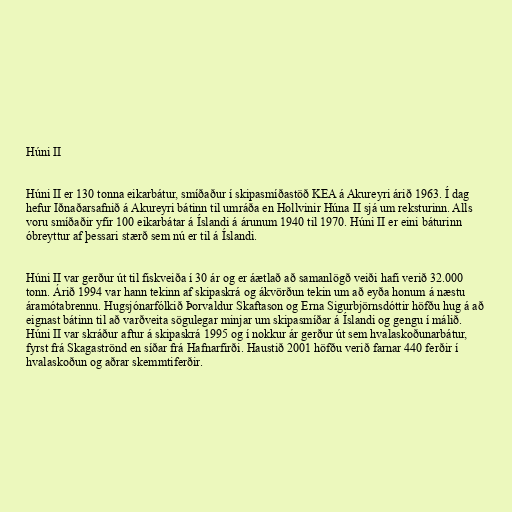
Húni II

Húni II er 130 tonna eikarbátur, smíðaður í skipasmíðastöð KEA á Akureyri árið 1963. Í dag
hefur Iðnaðarsafnið á Akureyri bátinn til umráða en Hollvinir Húna II sjá um reksturinn. Alls
voru smíðaðir yfir 100 eikarbátar á Íslandi á árunum 1940 til 1970. Húni II er eini báturinn
óbreyttur af þessari stærð sem nú er til á Íslandi.

Húni II var gerður út til fiskveiða í 30 ár og er áætlað að samanlögð veiði hafi verið 32.000
tonn. Árið 1994 var hann tekinn af skipaskrá og ákvörðun tekin um að eyða honum á næstu
áramótabrennu. Hugsjónarfólkið Þorvaldur Skaftason og Erna Sigurbjörnsdóttir höfðu hug á að
eignast bátinn til að varðveita sögulegar minjar um skipasmíðar á Íslandi og gengu í málið.
Húni II var skráður aftur á skipaskrá 1995 og í nokkur ár gerður út sem hvalaskoðunarbátur,
fyrst frá Skagaströnd en síðar frá Hafnarfirði. Haustið 2001 höfðu verið farnar 440 ferðir í
hvalaskoðun og aðrar skemmtiferðir.